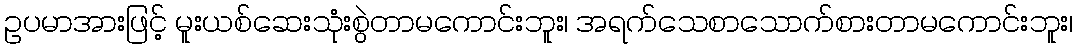
ဥပမာအားဖြင့် မူးယစ်ဆေးသုံးစွဲတာမကောင်းဘူး၊ အရက်သေစာသောက်စားတာမကောင်းဘူး၊